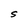
Character: S